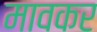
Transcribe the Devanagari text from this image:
मावकर